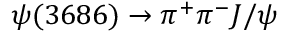
\psi ( 3 6 8 6 ) \rightarrow \pi ^ { + } \pi ^ { - } J / \psi